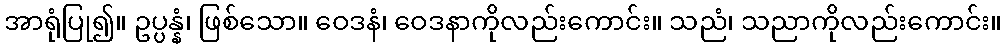
အာရုံပြု၍။ ဥပ္ပန္နံ၊ ဖြစ်သော။ ဝေဒနံ၊ ဝေဒနာကိုလည်းကောင်း။ သညံ၊ သညာကိုလည်းကောင်း။